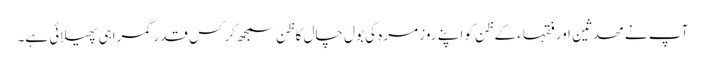
آپ نے محدثین اورفقہاء کے ظن کو اپنے روز مرہ کی بول چال کا ظن سمجھ کر کس قدر گمراہی پھیلائی ہے۔